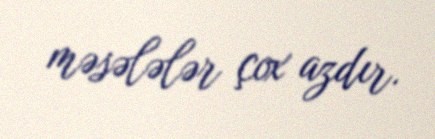
məsələlər çox azdır.